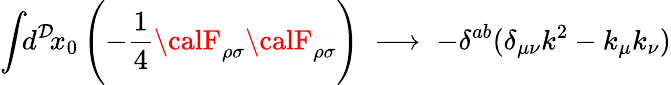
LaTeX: \int\! \! d^{\mathcal{D}}\! x_{0}\, \Biggl(-\frac{{1}}{{4}}{\calF}_{\rho\sigma}{\calF}_{\rho\sigma}\Biggr)\; \longrightarrow\; -\delta^{ab}(\delta_{\mu\nu}k^{2}-k_{\mu}k_{\nu})